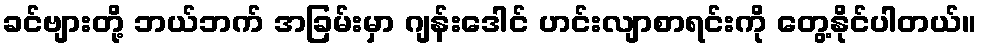
ခင်ဗျားတို့ ဘယ်ဘက် အခြမ်းမှာ ဂျန်းဒေါင် ဟင်းလျာစာရင်းကို တွေ့နိုင်ပါတယ်။